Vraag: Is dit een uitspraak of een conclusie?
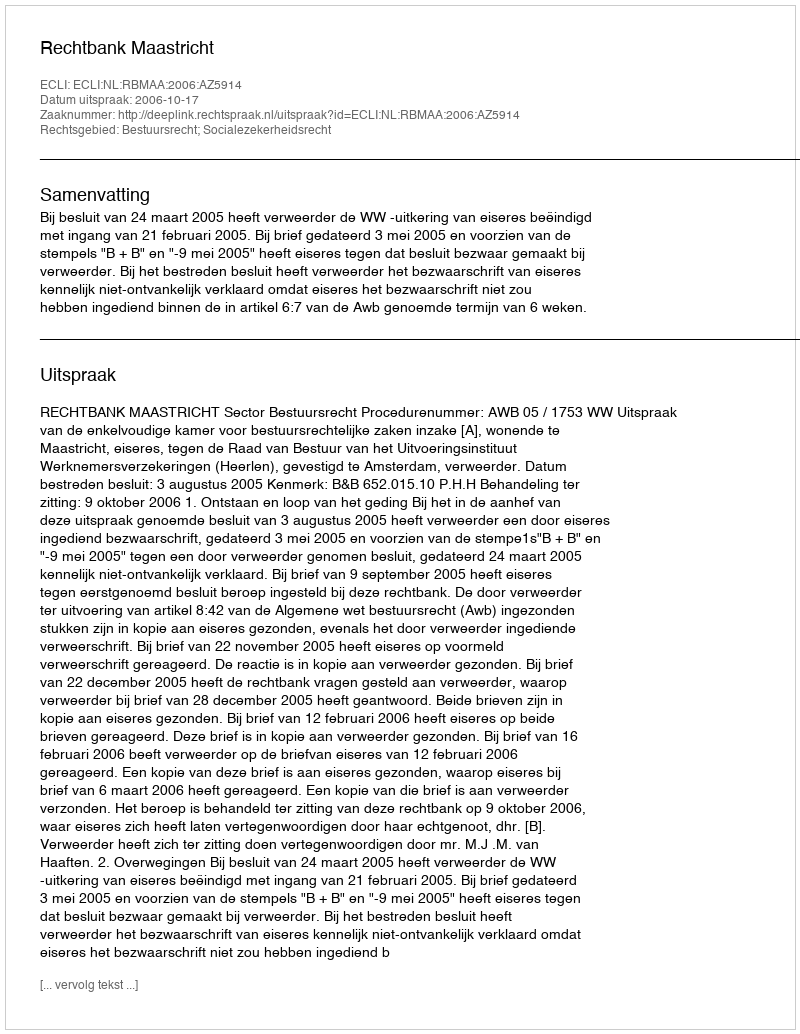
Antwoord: Uitspraak